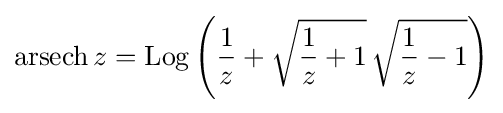
\operatorname {arsech} z=\operatorname {Log} \left({\frac {1}{z}}+{\sqrt {{\frac {1}{z}}+1}}\,{\sqrt {{\frac {1}{z}}-1}}\right)